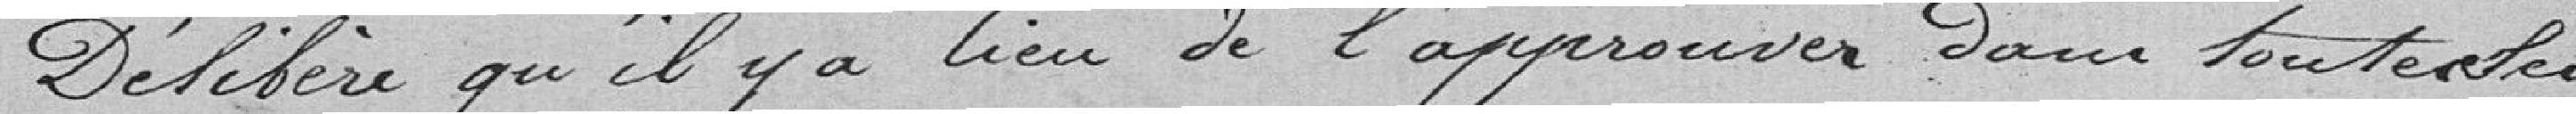
Délibère qu'il y a lieu de l'approuver dans toutes les